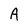
Character: A